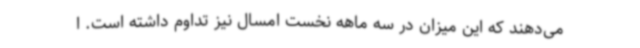
می‌دهند که این میزان در سه ماهه نخست امسال نیز تداوم داشته است. ا